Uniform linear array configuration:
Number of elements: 12
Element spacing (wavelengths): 0.75
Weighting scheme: cosine
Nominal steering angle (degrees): -60
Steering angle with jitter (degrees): -58.754
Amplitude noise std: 0.05
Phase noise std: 0.05

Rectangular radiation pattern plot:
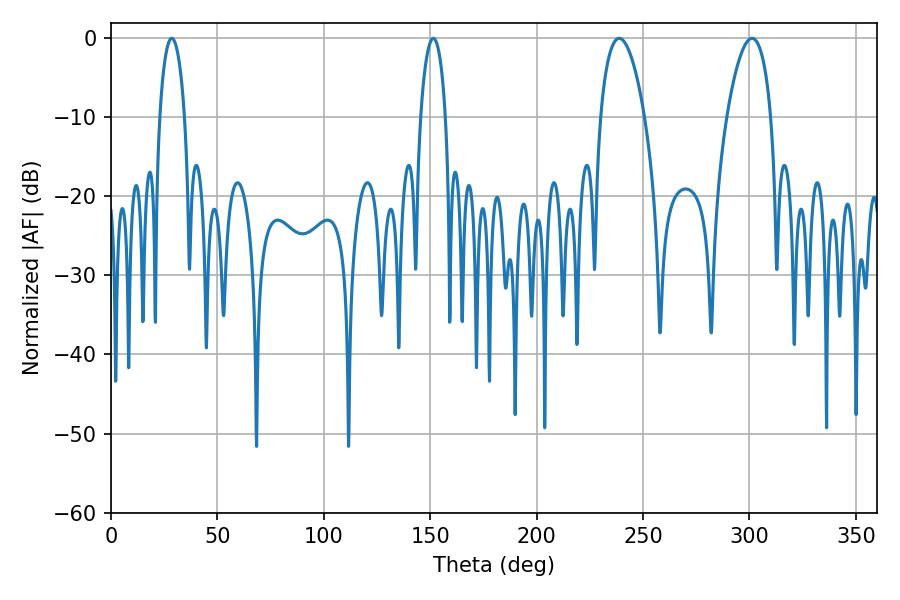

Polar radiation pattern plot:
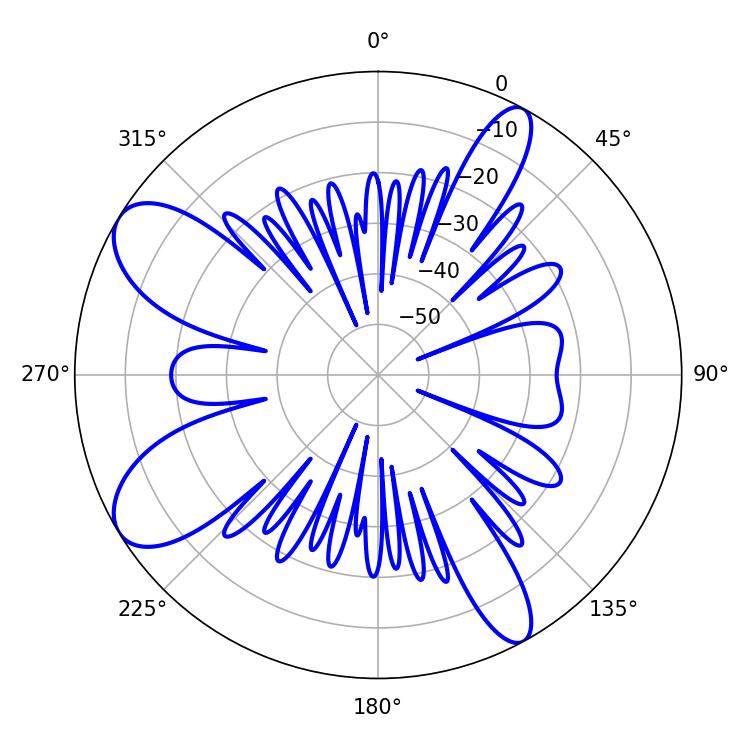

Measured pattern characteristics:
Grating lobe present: TRUE
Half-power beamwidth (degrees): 11.7
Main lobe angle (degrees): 238.86